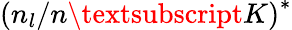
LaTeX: \left(n_{l}/n\textsubscript{K}\right)^{*}